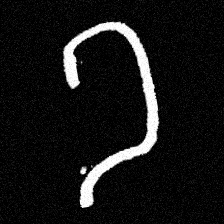
Pyu character \u2014 Myanmar letter: ခ (romanized: kha)